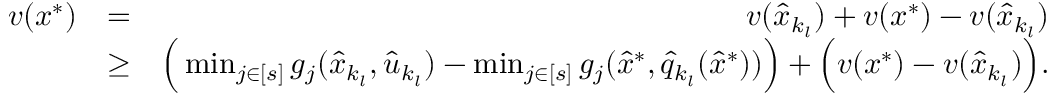
\begin{array} { r l r } { v ( x ^ { * } ) } & { = } & { v ( \hat { x } _ { k _ { l } } ) + v ( x ^ { * } ) - v ( \hat { x } _ { k _ { l } } ) } \\ & { \ge } & { \Big ( \operatorname* { m i n } _ { j \in [ s ] } g _ { j } ( \hat { x } _ { k _ { l } } , \hat { u } _ { k _ { l } } ) - \operatorname* { m i n } _ { j \in [ s ] } g _ { j } ( \hat { x } ^ { * } , \hat { q } _ { k _ { l } } ( \hat { x } ^ { * } ) ) \Big ) + \Big ( v ( x ^ { * } ) - v ( \hat { x } _ { k _ { l } } ) \Big ) . } \end{array}